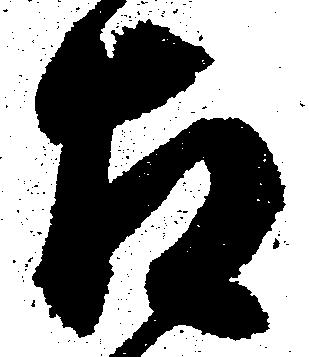
相